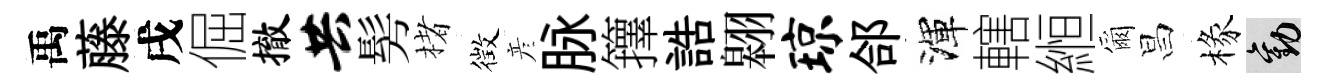
禹藤戌倔撤共髣楮徴彦脉籜誥翱琼郃渾轄縆爾昌椽勸